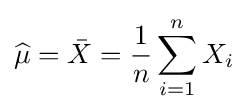
{\widehat {\mu }}={\bar {X}}={1 \over n}\sum _{i=1}^{n}X_{i}